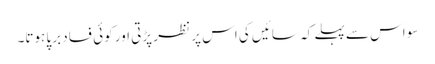
سو اس سے پہلے کہ سائیں کی اس پر نظر پڑتی اور کوئی فساد برپا ہوتا۔